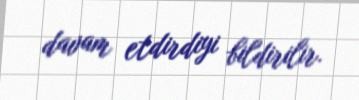
davam etdirdiyi bildirilir.